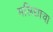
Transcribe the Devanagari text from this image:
मलिद्याचा